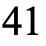
41